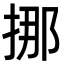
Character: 挪